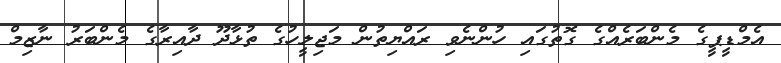
އެމްޑީޕީގެ މެންބަރެއްގެ ގޮތުގައި ހުންނެވި ރައްޔިތުން މަޖިލީހުގެ ތުޅާދޫ ދާއިރާގެ މެންބަރު ނާޒިމް